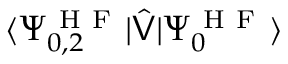
\langle \Psi _ { 0 , 2 } ^ { \mathrm { ~ H ~ F ~ } } | \hat { \mathsf { V } } | \Psi _ { 0 } ^ { \mathrm { ~ H ~ F ~ } } \rangle